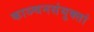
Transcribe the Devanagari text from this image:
काञ्चनसंयुक्तां